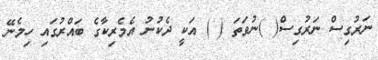
ނަރުގިސް ނަރުގިސް( )ނުވަތަ ( ) އަކީ ދެކުނު އެމެރިކާގެ ބައްރުގައި ހިމެނޭ